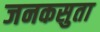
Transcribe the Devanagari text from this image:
जनकसुता